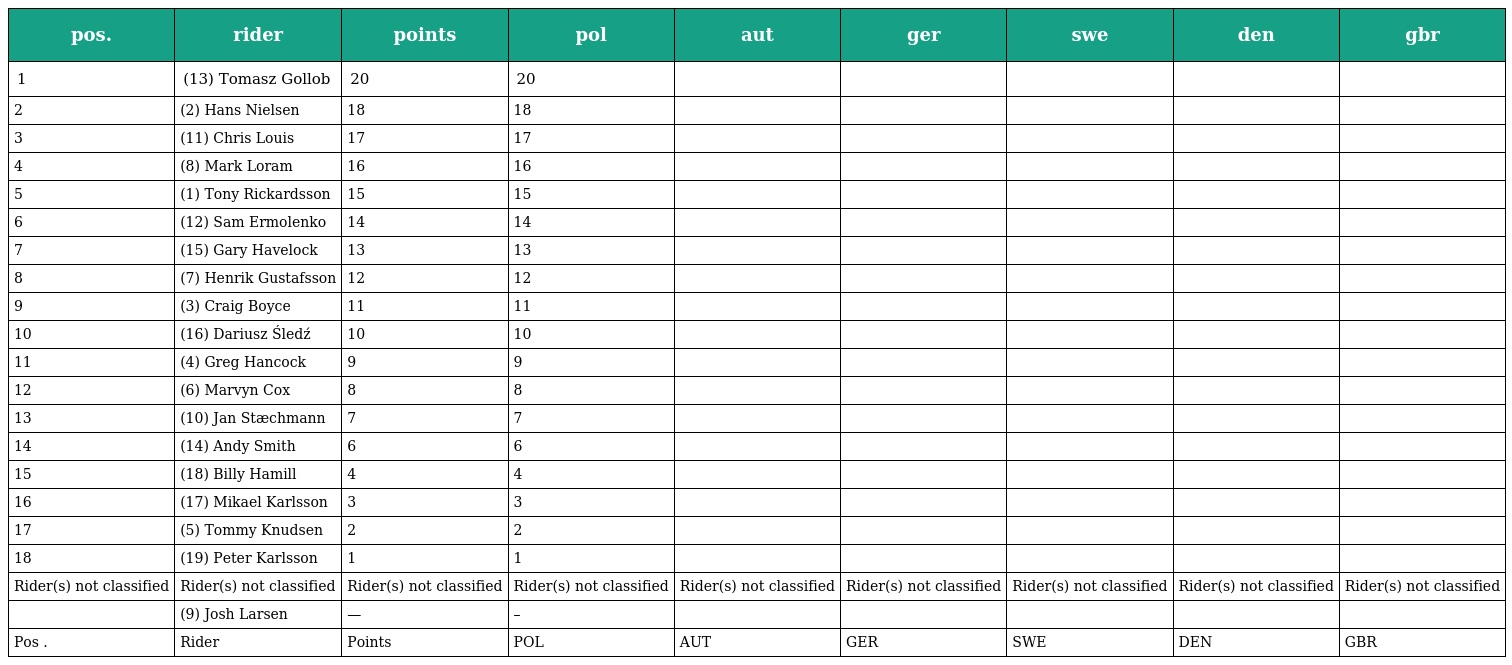
| pos. | rider | points | pol | aut | ger | swe | den | gbr |
 | --- | --- | --- | --- | --- | --- | --- | --- | --- |
 | 1 | (13) Tomasz Gollob | 20 | 20 |  |  |  |  |  |
 | 2 | (2) Hans Nielsen | 18 | 18 |  |  |  |  |  |
 | 3 | (11) Chris Louis | 17 | 17 |  |  |  |  |  |
 | 4 | (8) Mark Loram | 16 | 16 |  |  |  |  |  |
 | 5 | (1) Tony Rickardsson | 15 | 15 |  |  |  |  |  |
 | 6 | (12) Sam Ermolenko | 14 | 14 |  |  |  |  |  |
 | 7 | (15) Gary Havelock | 13 | 13 |  |  |  |  |  |
 | 8 | (7) Henrik Gustafsson | 12 | 12 |  |  |  |  |  |
 | 9 | (3) Craig Boyce | 11 | 11 |  |  |  |  |  |
 | 10 | (16) Dariusz Śledź | 10 | 10 |  |  |  |  |  |
 | 11 | (4) Greg Hancock | 9 | 9 |  |  |  |  |  |
 | 12 | (6) Marvyn Cox | 8 | 8 |  |  |  |  |  |
 | 13 | (10) Jan Stæchmann | 7 | 7 |  |  |  |  |  |
 | 14 | (14) Andy Smith | 6 | 6 |  |  |  |  |  |
 | 15 | (18) Billy Hamill | 4 | 4 |  |  |  |  |  |
 | 16 | (17) Mikael Karlsson | 3 | 3 |  |  |  |  |  |
 | 17 | (5) Tommy Knudsen | 2 | 2 |  |  |  |  |  |
 | 18 | (19) Peter Karlsson | 1 | 1 |  |  |  |  |  |
 | Rider(s) not classified | Rider(s) not classified | Rider(s) not classified | Rider(s) not classified | Rider(s) not classified | Rider(s) not classified | Rider(s) not classified | Rider(s) not classified | Rider(s) not classified |
 |  | (9) Josh Larsen | — | – |  |  |  |  |  |
 | Pos . | Rider | Points | POL | AUT | GER | SWE | DEN | GBR |